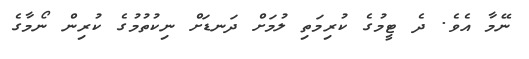
ނޭމާ އެވެ. ދެ ޓީމުގެ ކުރިމަތި ލުމަށް ދަނޑަށް ނިކުތުމުގެ ކުރިން ނޯމާގެ